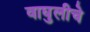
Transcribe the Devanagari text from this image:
वाघुलीचे